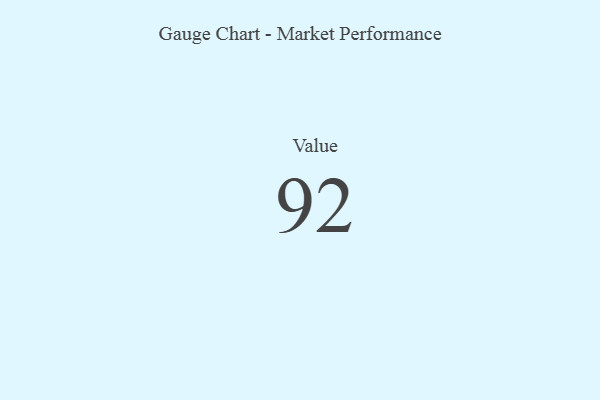
{"axis": {"x": "Metric", "y": "Value"}, "legend": [""], "data": [{"x": "Value", "y": 92, "type": ""}]}